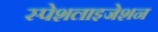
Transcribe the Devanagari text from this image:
स्पेशलाइजेशन